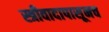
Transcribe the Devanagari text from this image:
स्त्रीवादापासूनच